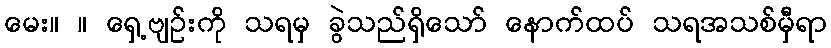
မေး။ ။ ရှေ့ဗျဉ်းကို သရမှ ခွဲသည်ရှိသော် နောက်ထပ် သရအသစ်မှီရာ